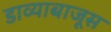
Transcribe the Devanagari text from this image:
डाव्याबाजूस